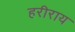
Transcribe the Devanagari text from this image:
हरीराय